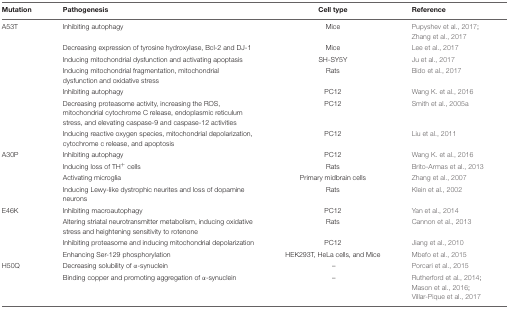
<table><thead><tr><td><b>Mutation</b></td><td><b>Pathogenesis</b></td><td><b>Cell type</b></td><td><b>Reference</b></td></tr></thead><tbody><tr><td>A53T</td><td>Inhibiting autophagy</td><td>Mice</td><td>Pupyshev et al., 2017; Zhang et al., 2017</td></tr><tr><td></td><td>Decreasing expression of tyrosine hydroxylase, Bcl-2 and DJ-1</td><td>Mice</td><td>Lee et al., 2017</td></tr><tr><td></td><td>Inducing mitochondrial dysfunction and activating apoptasis</td><td>SH-SY5Y</td><td>Ju et al., 2017</td></tr><tr><td></td><td>Inducing mitochondrial fragmentation, mitochondrial dysfunction and oxidative stress</td><td>Rats</td><td>Bido et al., 2017</td></tr><tr><td></td><td>Inhibiting autophagy</td><td>PC12</td><td>Wang K. et al., 2016</td></tr><tr><td></td><td>Decreasing proteasome activity, increasing the ROS, mitochondrial cytochrome C release, endoplasmic reticulum stress, and elevating caspase-9 and caspase-12 activities</td><td>PC12</td><td>Smith et al., 2005a</td></tr><tr><td></td><td>Inducing reactive oxygen species, mitochondrial depolarization, cytochrome c release, and apoptosis</td><td>PC12</td><td>Liu et al., 2011</td></tr><tr><td>A30P</td><td>Inhibiting autophagy</td><td>PC12</td><td>Wang K. et al., 2016</td></tr><tr><td></td><td>Inducing loss of TH<sup>+</sup> cells</td><td>Rats</td><td>Brito-Armas et al., 2013</td></tr><tr><td></td><td>Activating microglia</td><td>Primary midbrain cells</td><td>Zhang et al., 2007</td></tr><tr><td></td><td>Inducing Lewy-like dystrophic neurites and loss of dopamine neurons</td><td>Rats</td><td>Klein et al., 2002</td></tr><tr><td>E46K</td><td>Inhibiting macroautophagy</td><td>PC12</td><td>Yan et al., 2014</td></tr><tr><td></td><td>Altering striatal neurotransmitter metabolism, inducing oxidative stress and heightening sensitivity to rotenone</td><td>Rats</td><td>Cannon et al., 2013</td></tr><tr><td></td><td>Inhibiting proteasome and inducing mitochondrial depolarization</td><td>PC12</td><td>Jiang et al., 2010</td></tr><tr><td></td><td>Enhancing Ser-129 phosphorylation</td><td>HEK293T, HeLa cells, and Mice</td><td>Mbefo et al., 2015</td></tr><tr><td>H50Q</td><td>Decreasing solubility of α-synuclein</td><td>–</td><td>Porcari et al., 2015</td></tr><tr><td></td><td>Binding copper and promoting aggregation of α-synuclein</td><td>–</td><td>Rutherford et al., 2014; Mason et al., 2016; Villar-Pique et al., 2017</td></tr></tbody></table>